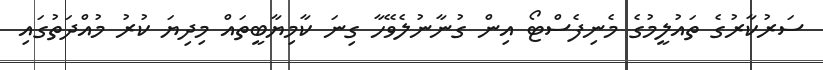
ސަރުކާރުގެ ތައުލީމުގެ މެނިފެސްޓޯ އިން ގުނާނުލެވޭހާ ގިނަ ކާމިޔާބީތައް މިދިޔަ ކުރު މުއްދަތުގައި